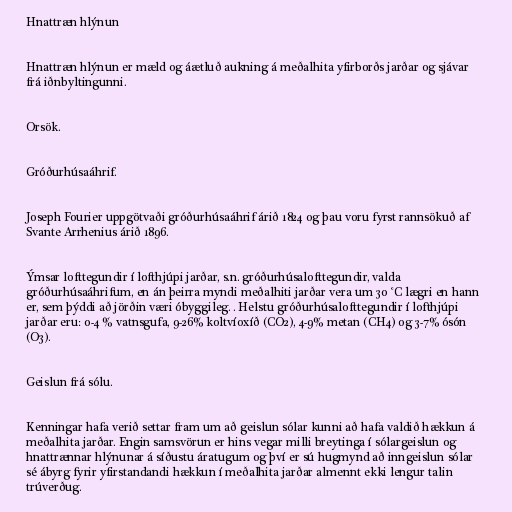
Hnattræn hlýnun

Hnattræn hlýnun er mæld og áætluð aukning á meðalhita yfirborðs jarðar og sjávar
frá iðnbyltingunni.

Orsök.

Gróðurhúsaáhrif.

Joseph Fourier uppgötvaði gróðurhúsaáhrif árið 1824 og þau voru fyrst rannsökuð af
Svante Arrhenius árið 1896.

Ýmsar lofttegundir í lofthjúpi jarðar, s.n. gróðurhúsalofttegundir, valda
gróðurhúsaáhrifum, en án þeirra myndi meðalhiti jarðar vera um 30 °C lægri en hann
er, sem þýddi að jörðin væri óbyggileg. . Helstu gróðurhúsalofttegundir í lofthjúpi
jarðar eru: 0-4 % vatnsgufa, 9-26% koltvíoxíð (CO2), 4-9% metan (CH4) og 3-7% ósón
(O3).

Geislun frá sólu.

Kenningar hafa verið settar fram um að geislun sólar kunni að hafa valdið hækkun á
meðalhita jarðar. Engin samsvörun er hins vegar milli breytinga í sólargeislun og
hnattrænnar hlýnunar á síðustu áratugum og því er sú hugmynd að inngeislun sólar
sé ábyrg fyrir yfirstandandi hækkun í meðalhita jarðar almennt ekki lengur talin
trúverðug.